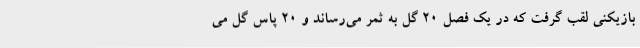
بازیکنی لقب گرفت که در یک فصل 20 گل به ثمر می‌رساند و 20 پاس گل می